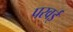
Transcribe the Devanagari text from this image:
परवई